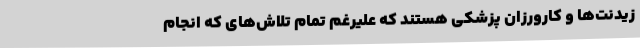
زیدنت‌ها و کارورزان پزشکی هستند که علیرغم تمام تلاش‌های که انجام